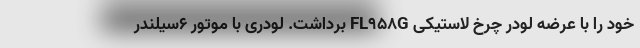
خود را با عرضه لودر چرخ لاستیکی FL958G برداشت. لودری با موتور 6سيلندر